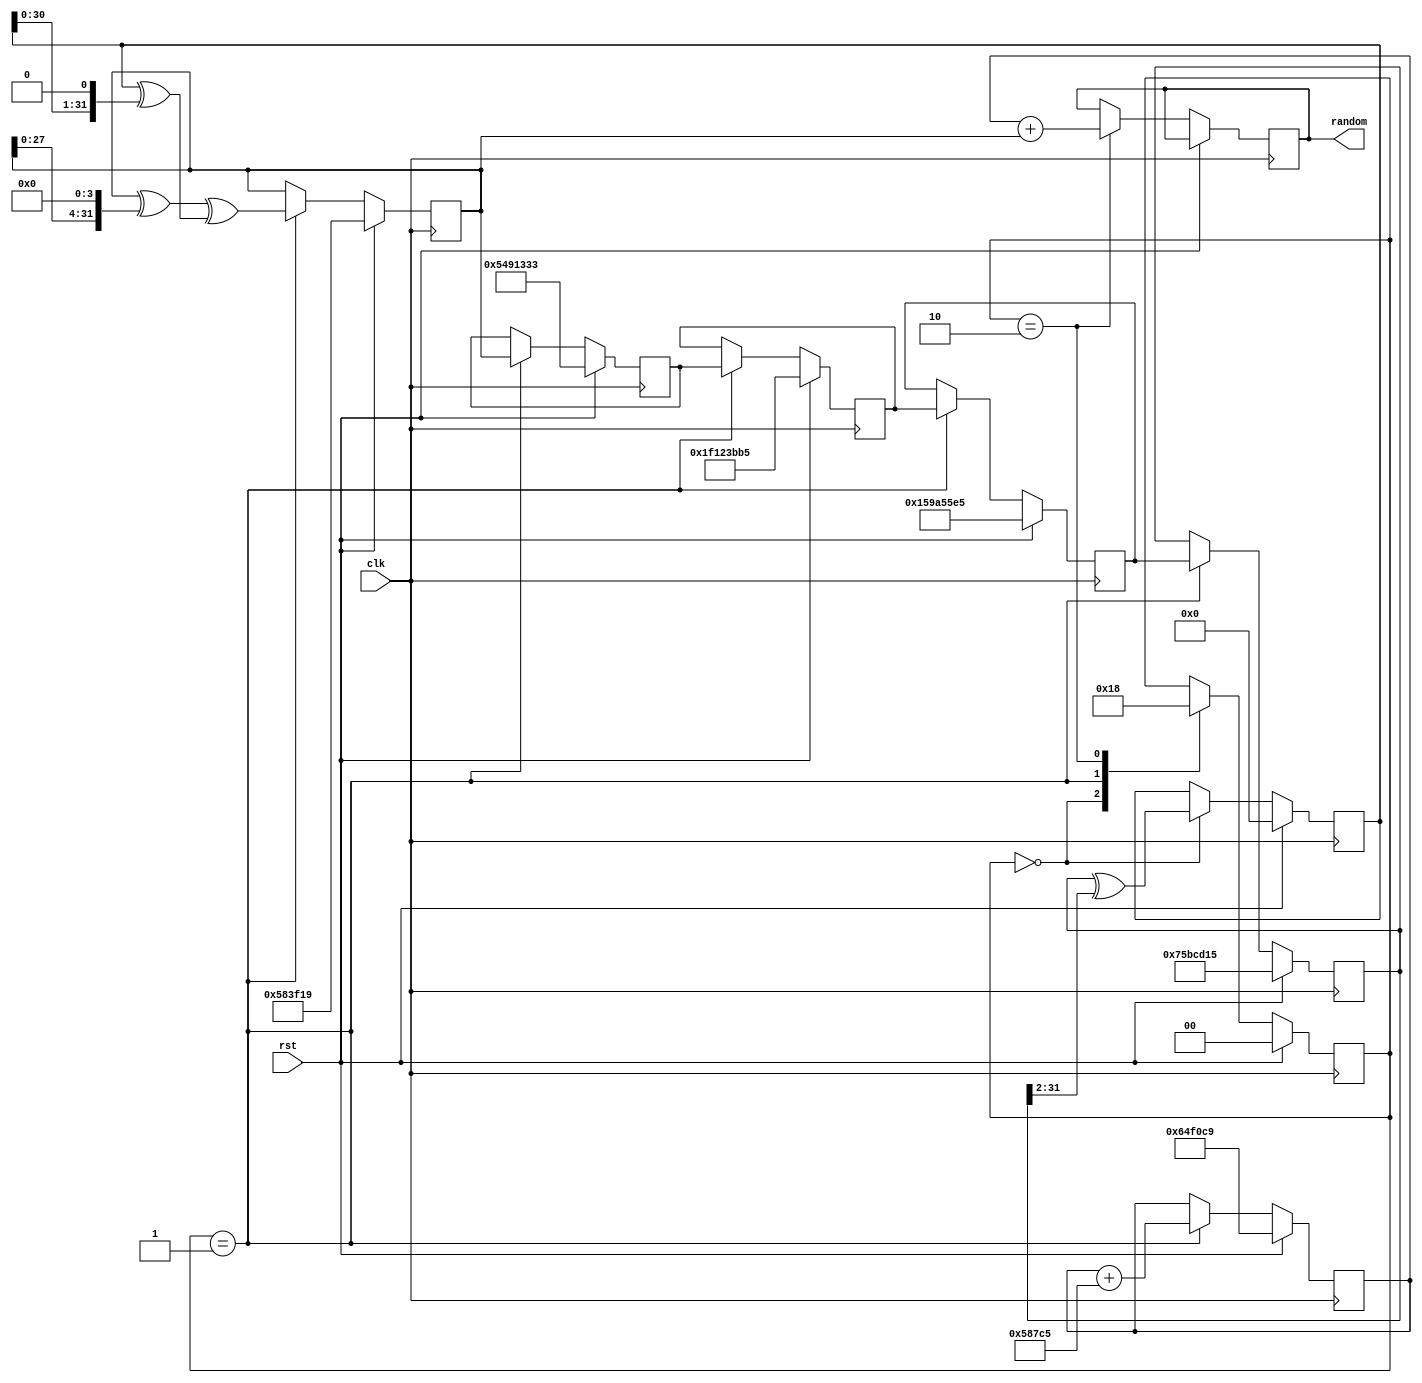
module xorwow(
input clk,
input rst,

output reg [31:0] random
);
reg [31:0]  x;
reg [31:0]  y;
reg [31:0]  z;
reg [31:0]  w;
reg [31:0]  v;
reg [31:0]  d;
reg [31:0]  t;


reg [1:0] state;

wire [31:0] INIT_X;
wire [31:0] INIT_Y;
wire [31:0] INIT_Z;
wire [31:0] INIT_W;
wire [31:0] INIT_V;
wire [31:0] INIT_D;
wire [31:0] D_STRIDE;

assign INIT_X  = 32'd123456789;
assign INIT_Y  = 32'd362436069;
assign INIT_Z  = 32'd521288629;
assign INIT_W  = 32'd88675123;
assign INIT_V  = 32'd5783321;
assign INIT_D  = 32'd6615241;
assign D_STRIDE =32'd362437;

wire [31:0] t_update;
wire [31:0] v_update;
wire [31:0] d_update;
wire [31:0] next_random;

assign t_update = x ^ {2'b00, x[31:2]};
assign v_update = (v ^ {v[27:0], 4'b0}) ^ (t ^ {t[30:0], 1'b0});
assign d_update = d + D_STRIDE;
assign next_random = d+v;

always @(posedge clk)
begin
    if(rst == 1'b1)
    begin
        x = INIT_X;
        y = INIT_Y;
        z = INIT_Z;
        w = INIT_W;
        v = INIT_V;
        d = INIT_D;
        t = 32'b0;

        state= 2'b00;
    end
    else
    begin
        case(state)
            2'b00:
            begin
                t = t_update;
                state = 2'b01;
            end
            2'b01:
            begin
                x = y;
                y = z;
                z = w;
                w = v;
                v = v_update;
                d = d_update;
                state = 2'b10;
            end
            2'b10:
            begin
                random = next_random;
                state = 2'b00;
            end
        endcase
    end
end


endmodule